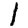
Digit: 1